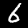
Label: 6